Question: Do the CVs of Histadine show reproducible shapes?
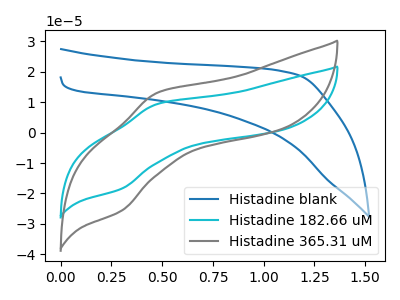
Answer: <think>The blue curve "Histadine blank" has no peaks. The cyan curve "Histadine 182.66 uM" has an anodic peak at (0.50V, 9.40uA) and a cathodic peak at (0.30V, -18.40uA). The gray curve "Histadine 365.31 uM" has an anodic peak at (0.50V, 13.10uA) and a cathodic peak at (0.30V, -25.65uA).
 "Histadine blank" and "Histadine 182.66 uM" have a different number of peaks. "Histadine blank" and "Histadine 365.31 uM" have a different number of peaks. All the peaks in "Histadine 182.66 uM" have a peak in "Histadine 365.31 uM" at the same potential. Every peak in "Histadine 182.66 uM" is lower than every peak in "Histadine 365.31 uM".</think>
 <answer>All the CV's of "Histadine" have similar shape.</answer>
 <eval>follow_rule</eval>